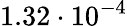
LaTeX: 1.32\cdot 10^{-4}